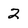
Character: 2